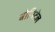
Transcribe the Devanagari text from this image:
बोनिटेल